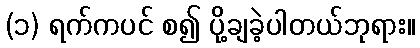
(၁) ရက်ကပင် စ၍ ပို့ချခဲ့ပါတယ်ဘုရား။